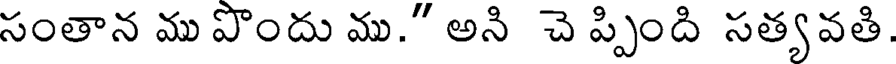
సంతాన ము పొందు ము." అని చె ప్పింది సత్యవతి.